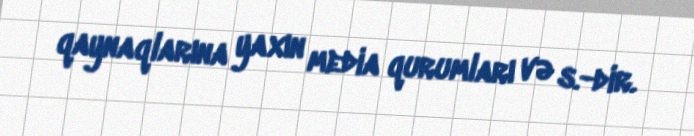
qaynaqlarına yaxın media qurumları və s.-dir.